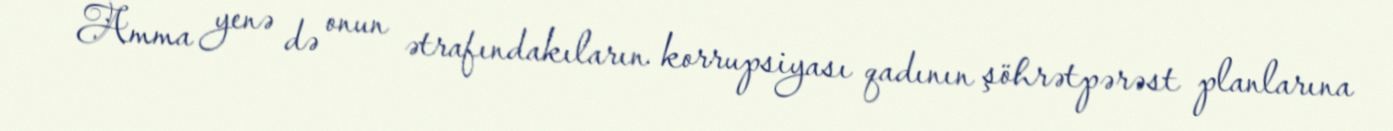
Amma yenə də onun ətrafındakıların korrupsiyası qadının şöhrətpərəst planlarına